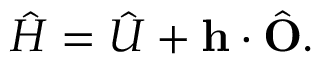
\hat { H } = { \hat { U } } + \mathbf { h } \cdot \hat { \mathbf { O } } .